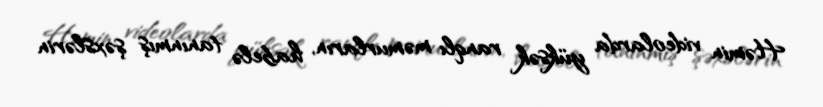
Həmin videolarda yüksək ranqlı məmurların, habelə tanınmış şəxslərin